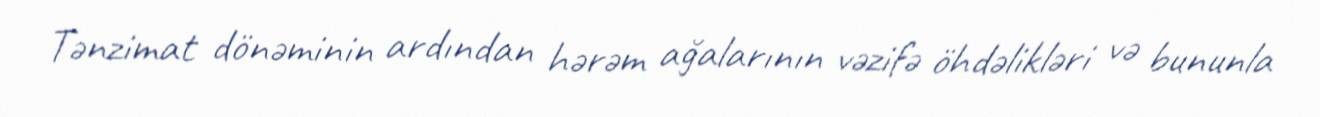
Tənzimat dönəminin ardından hərəm ağalarının vəzifə öhdəlikləri və bununla